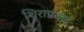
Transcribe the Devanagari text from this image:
शिराप्रदाह